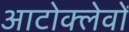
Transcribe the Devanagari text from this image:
आटोक्लेवों